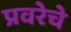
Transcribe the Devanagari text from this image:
प्रवरेचे